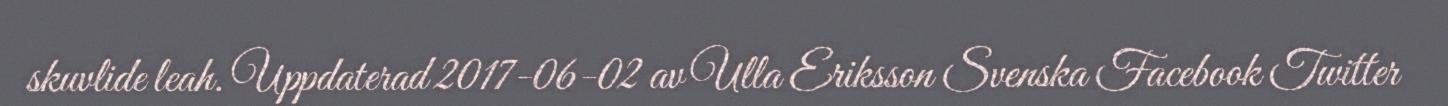
skuvlide leah. Uppdaterad 2017-06-02 av Ulla Eriksson Svenska Facebook Twitter